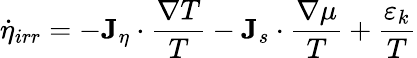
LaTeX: \dot{\eta}_{irr}=-{\mathbf J}_{\eta}\cdot\frac{\nabla T}{T}-{\mathbf J}_{s}\cdot\frac{\nabla\mu}{T}+\frac{\varepsilon_{k}}{T}